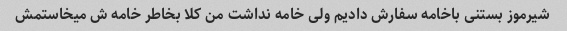
شیرموز بستنی باخامه سفارش دادیم ولی خامه نداشت من کلا بخاطر خامه ش میخاستمش